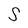
Character: S